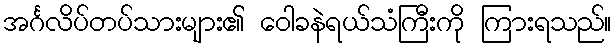
အင်္ဂလိပ်တပ်သားများ၏ ဝေါခနဲရယ်သံကြီးကို ကြားရသည်။